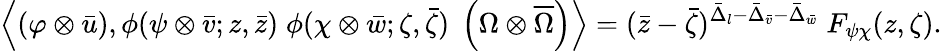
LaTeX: \left\langle(\varphi\otimes\bar{u}),\phi(\psi\otimes\bar{v};z,\bar{z})\; \phi(\chi\otimes\bar{w};\zeta,\bar{\zeta})\; \left(\Omega\otimes\overline{{{\Omega}}}\right)\right\rangle=(\bar{z}-\bar{\zeta})^{\bar{\Delta}_{l}-\bar{\Delta}_{\bar{v}}-\bar{\Delta}_{\bar{w}}}\; F_{\psi\chi}(z,\zeta).